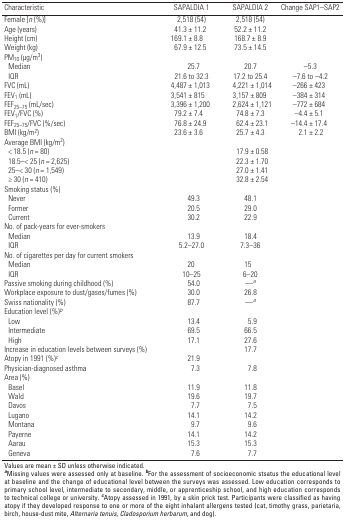
<table><thead><tr><td><b>Characteristic</b></td><td><b>SAPALDIA 1</b></td><td><b>SAPALDIA 2</b></td><td><b>Change SAP1–SAP2</b></td></tr></thead><tbody><tr><td><b>Female [<i>n</i> (%)]</b></td><td>2,518 (54)</td><td>2,518 (54)</td></tr><tr><td><b>Age (years)</b></td><td>41.3 ± 11.2</td><td>52.2 ± 11.2</td></tr><tr><td><b>Height (cm)</b></td><td>169.1 ± 8.8</td><td>168.7 ± 8.9</td></tr><tr><td><b>Weight (kg)</b></td><td>67.9 ± 12.5</td><td>73.5 ± 14.5</td></tr><tr><td><b>PM<sub>10</sub> (μg/m<sup>3</sup>)</b></td></tr><tr><td><b>Median</b></td><td>25.7</td><td>20.7</td><td>–5.3</td></tr><tr><td><b>IQR</b></td><td>21.6 to 32.3</td><td>17.2 to 25.4</td><td>–7.6 to –4.2</td></tr><tr><td><b>FVC (mL)</b></td><td>4,487 ± 1,013</td><td>4,221 ± 1,014</td><td>–266 ± 423</td></tr><tr><td><b>FEV<sub>1</sub> (mL)</b></td><td>3,541 ± 815</td><td>3,157 ± 809</td><td>–384 ± 314</td></tr><tr><td><b>FEF<sub>25–75</sub> (mL/sec)</b></td><td>3,396 ± 1,200</td><td>2,624 ± 1,121</td><td>–772 ± 684</td></tr><tr><td><b>FEV<sub>1</sub>/FVC (%)</b></td><td>79.2 ± 7.4</td><td>74.8 ± 7.3</td><td>–4.4 ± 5.1</td></tr><tr><td><b>FEF<sub>25–75</sub>/FVC (%/sec)</b></td><td>76.8 ± 24.9</td><td>62.4 ± 23.1</td><td>–14.4 ± 17.4</td></tr><tr><td><b>BMI (kg/m<sup>2</sup>)</b></td><td>23.6 ± 3.6</td><td>25.7 ± 4.3</td><td>2.1 ± 2.2</td></tr><tr><td><b>Average BMI (kg/m<sup>2</sup>)</b></td></tr><tr><td><b>&lt;18.5 (<i>n</i>=80)</b></td><td></td><td>17.9 ± 0.58</td></tr><tr><td><b>18.5–&lt;25 (<i>n</i>=2,625)</b></td><td></td><td>22.3 ± 1.70</td></tr><tr><td><b>25–&lt;30 (<i>n</i>=1,549)</b></td><td></td><td>27.0 ± 1.41</td></tr><tr><td><b>≥30 (<i>n</i>=410)</b></td><td></td><td>32.8 ± 2.54</td></tr><tr><td><b>Smoking status (%)</b></td></tr><tr><td><b>Never</b></td><td>49.3</td><td>48.1</td></tr><tr><td><b>Former</b></td><td>20.5</td><td>29.0</td></tr><tr><td><b>Current</b></td><td>30.2</td><td>22.9</td></tr><tr><td><b>No. of pack-years for ever-smokers</b></td></tr><tr><td><b>Median</b></td><td>13.9</td><td>18.4</td></tr><tr><td><b>IQR</b></td><td>5.2–27.0</td><td>7.3–36</td></tr><tr><td><b>No. of cigarettes per day for current smokers</b></td></tr><tr><td><b>Median</b></td><td>20</td><td>15</td></tr><tr><td><b>IQR</b></td><td>10–25</td><td>6–20</td></tr><tr><td><b>Passive smoking during childhood (%)</b></td><td>54.0</td><td>—<sup><i>a</i></sup></td></tr><tr><td><b>Workplace exposure to dust/gases/fumes (%)</b></td><td>30.0</td><td>26.8</td></tr><tr><td><b>Swiss nationality (%)</b></td><td>87.7</td><td>—<sup><i>a</i></sup></td></tr><tr><td><b>Education level (%)<sup><i>b</i></sup></b></td></tr><tr><td><b>Low</b></td><td>13.4</td><td>5.9</td></tr><tr><td><b>Intermediate</b></td><td>69.5</td><td>66.5</td></tr><tr><td><b>High</b></td><td>17.1</td><td>27.6</td></tr><tr><td><b>Increase in education levels between surveys (%)</b></td><td></td><td>17.7</td></tr><tr><td><b>Atopy in 1991 (%)<sup><i>c</i></sup></b></td><td>21.9</td></tr><tr><td><b>Physician-diagnosed asthma</b></td><td>7.3</td><td>7.8</td></tr><tr><td><b>Area (%)</b></td></tr><tr><td><b>Basel</b></td><td>11.9</td><td>11.8</td></tr><tr><td><b>Wald</b></td><td>19.6</td><td>19.7</td></tr><tr><td><b>Davos</b></td><td>7.7</td><td>7.5</td></tr><tr><td><b>Lugano</b></td><td>14.1</td><td>14.2</td></tr><tr><td><b>Montana</b></td><td>9.7</td><td>9.6</td></tr><tr><td><b>Payerne</b></td><td>14.1</td><td>14.2</td></tr><tr><td><b>Aarau</b></td><td>15.3</td><td>15.3</td></tr><tr><td><b>Geneva</b></td><td>7.6</td><td>7.7</td></tr><tr><td colspan="4">Values are mean ± SD unless otherwise indicated. <sup><i><b>a</b></i></sup>Missing values were assessed only at baseline. <sup><i><b>b</b></i></sup>For the assessment of socioeconomic stsatus the educational level at baseline and the change of educational level between the surveys was assessed. Low education corresponds to primary school level, intermediate to secondary, middle, or apprenticeship school, and high education corresponds to technical college or university. <sup><i><b>c</b></i></sup>Atopy assessed in 1991, by a skin prick test. Participants were classified as having atopy if they developed response to one or more of the eight inhalant allergens tested (cat, timothy grass, parietaria, birch, house-dust mite, <i>Alternaria tenuis</i>, <i>Cladosporium herbarum</i>, and dog).</td></tr></tbody></table>